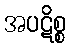
အပဋိစ္စ